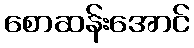
စောဆန်းအောင်